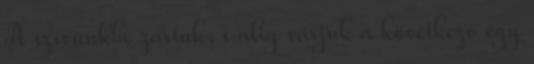
A szívünkbe zártuk, s alig várjuk a következő egy